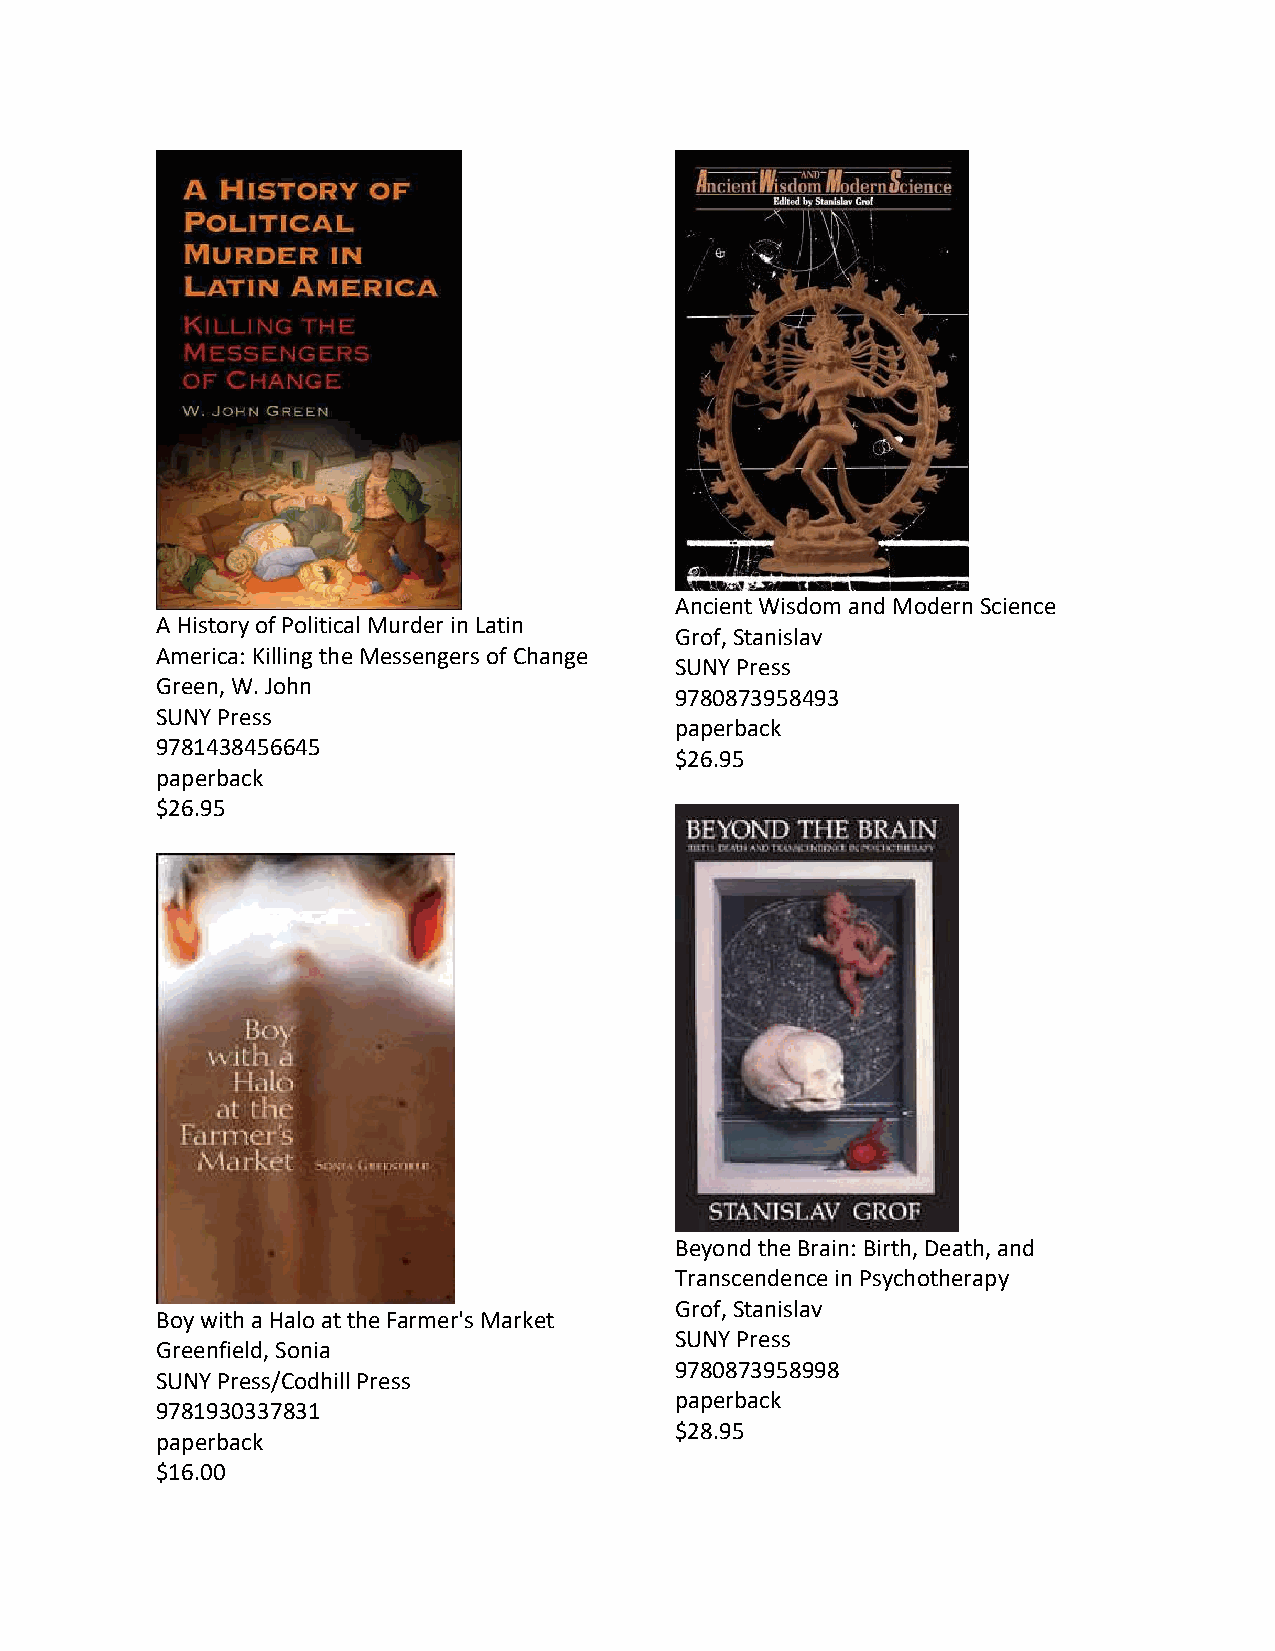
Ancient Wisdom and Modern Science
 A History of Political Murder in Latin
 Grof, Stanislav
 America: Killing the Messengers of Change
 SUNY Press
 Green, W. John
 9780873958493
 SUNY Press
 paperback
 9781438456645
 $26.95
 paperback
 $26.95
 Beyond the Brain: Birth, Death, and
 Transcendence in Psychotherapy
 Grof, Stanislav
 Boy with a Halo at the Farmer's Market
 SUNY Press
 Greenfield, Sonia
 9780873958998
 SUNY Press/Codhill Press
 paperback
 9781930337831
 $28.95
 paperback
 $16.00